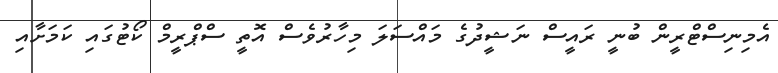
އެމިނިސްޓްރީން ބުނީ ރައީސް ނަޝީދުގެ މައްސަލަ މިހާރުވެސް އޮތީ ސްޕްރީމް ކޯޓުގައި ކަމަށާއި